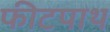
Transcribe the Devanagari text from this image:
फीटपाथ